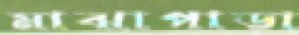
মাঝাপাড়া